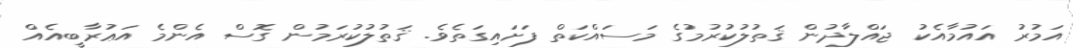
އަމުރު އައުމާއެކު ޖައްލާދުން ޤަތުލުކުރުމުގެ މަސައްކަތް ފަށައިގަތެވެ. ޤަތުލުކުރަމުން ގޮސް އެންމެ އަޢުރާބީއެއް